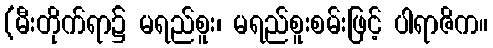
(မီးတိုက်ရာ၌ မရည်စူး၊ မရည်စူးစမ်းဖြင့် ပါရာဇိက။